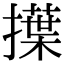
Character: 擛